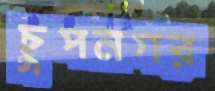
চুপনগর